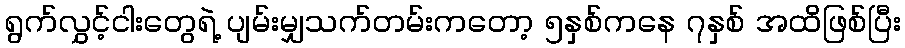
ရွက်လွှင့်ငါးတွေရဲ့ ပျမ်းမျှသက်တမ်းကတော့ ၅နှစ်ကနေ ၇နှစ် အထိဖြစ်ပြီး